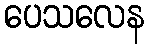
ပေသလေန